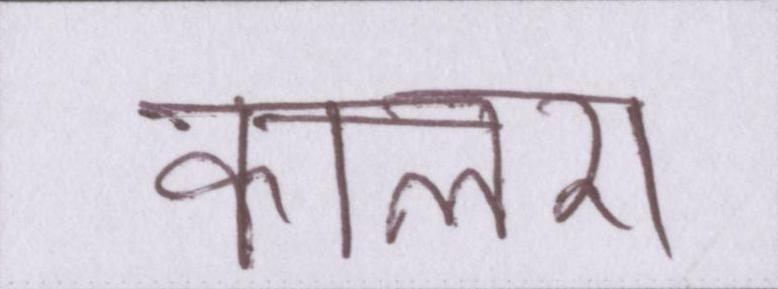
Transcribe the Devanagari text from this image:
कालरा